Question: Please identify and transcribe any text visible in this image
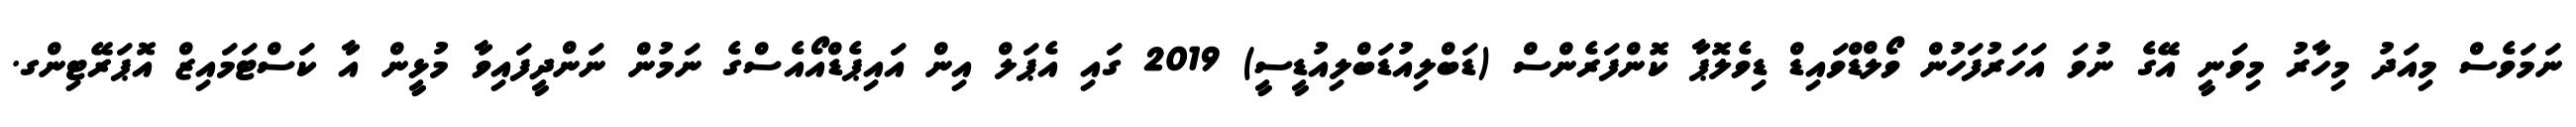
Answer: ނަމަވެސް މިއަދު މިހާރު މިވަނީ އޭގެ ނުވަ އަހަރުފަހުން ވޯލްޑްވައިޑް ޑިވެލޮޕާ ކޮންފަރެންސް (ޑަބްލިއުޑަބްލިއުޑީސީ) 2019 ގައި އެޕަލް އިން އައިޕެޑްއޯއެސްގެ ނަމުން ނަންދީފައިވާ މުޅީން އާ ކަސްޓަމައިޒް އޮޕަރޭޓިންގ.